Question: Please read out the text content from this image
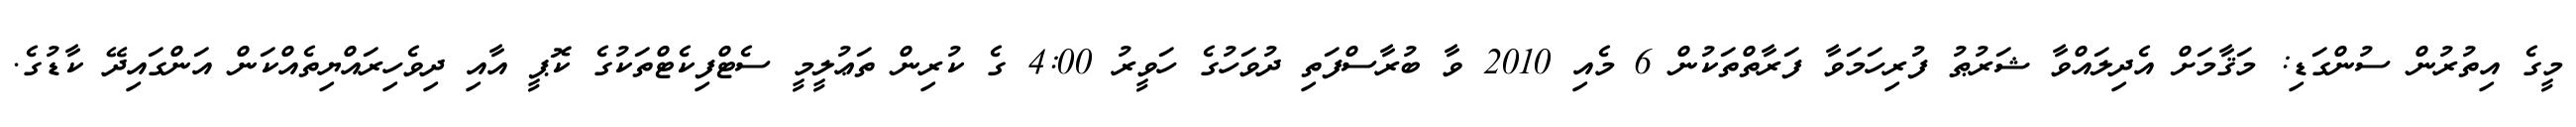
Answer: މީގެ އިތުރުން ސުންގަޑި: މަޤާމަށް އެދިލައްވާ ޝަރުޠު ފުރިހަމަވާ ފަރާތްތަކުން 6 މެއި 2010 ވާ ބުރާސްފަތި ދުވަހުގެ ހަވީރު 4:00 ގެ ކުރިން ތަޢުލީމީ ސެޓްފިކެޓްތަކުގެ ކޮޕީ އާއި ދިވެހިރައްޔިތެއްކަން އަންގައިދޭ ކާޑުގެ.